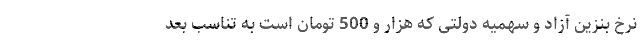
نرخ بنزین آزاد و سهمیه دولتی که هزار و 500 تومان است به تناسب بُعد